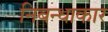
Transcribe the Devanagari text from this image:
निबन्धाकार